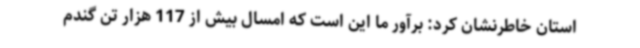
استان خاطرنشان کرد: برآور ما این است که امسال بیش از 117 هزار تن گندم